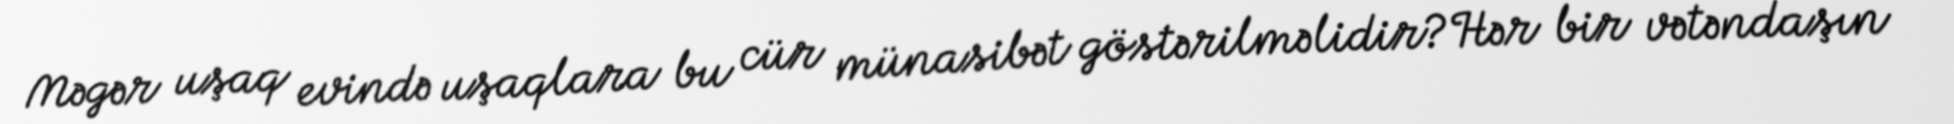
Məgər uşaq evində uşaqlara bu cür münasibət göstərilməlidir?Hər bir vətəndaşın